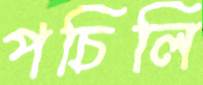
পচিলি